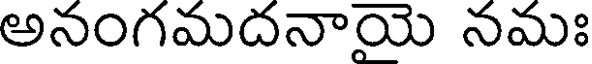
అనంగమదనాయె నమః